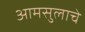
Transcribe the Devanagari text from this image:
आमसुलाचे